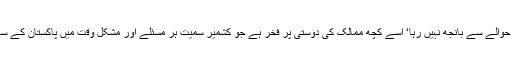
پاکستان دوستوں کے حوالے سے بانجھ نہیں رہا‘ اسے کچھ ممالک کی دوستی پر فخر ہے جو کشمیر سمیت ہر مسئلے اور مشکل وقت میں پاکستان کے ساتھ کھڑے ہوتے ہیں۔